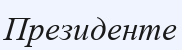
Президенте